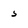
Character: 5